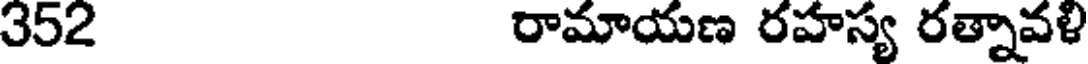
352 రామాయణ రహస్య రత్నావళి